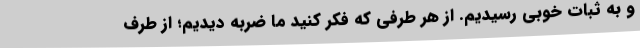
و به ثبات خوبی رسیدیم. از هر طرفی که فکر کنید ما ضربه دیدیم؛ از طرف